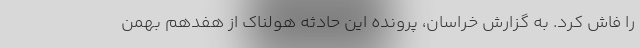
را فاش کرد. به گزارش خراسان، پرونده این حادثه هولناک از هفدهم بهمن